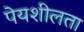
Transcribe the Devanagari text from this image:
पेयशीलता